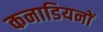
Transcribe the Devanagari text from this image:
कनाडियनों